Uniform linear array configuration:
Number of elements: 48
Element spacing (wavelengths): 0.5
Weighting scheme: cosine
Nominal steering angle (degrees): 15
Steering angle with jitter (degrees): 14.437
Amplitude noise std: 0.05
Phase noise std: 0.05

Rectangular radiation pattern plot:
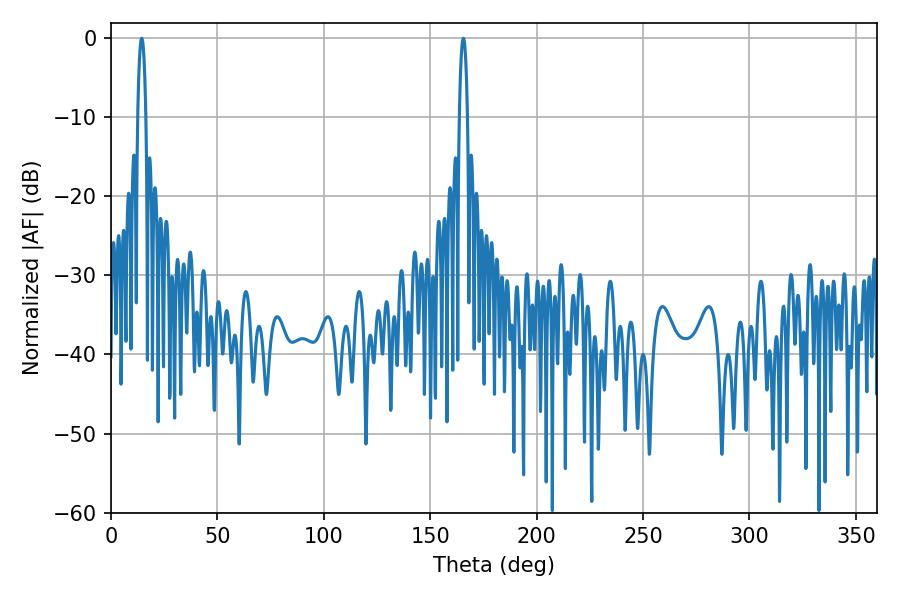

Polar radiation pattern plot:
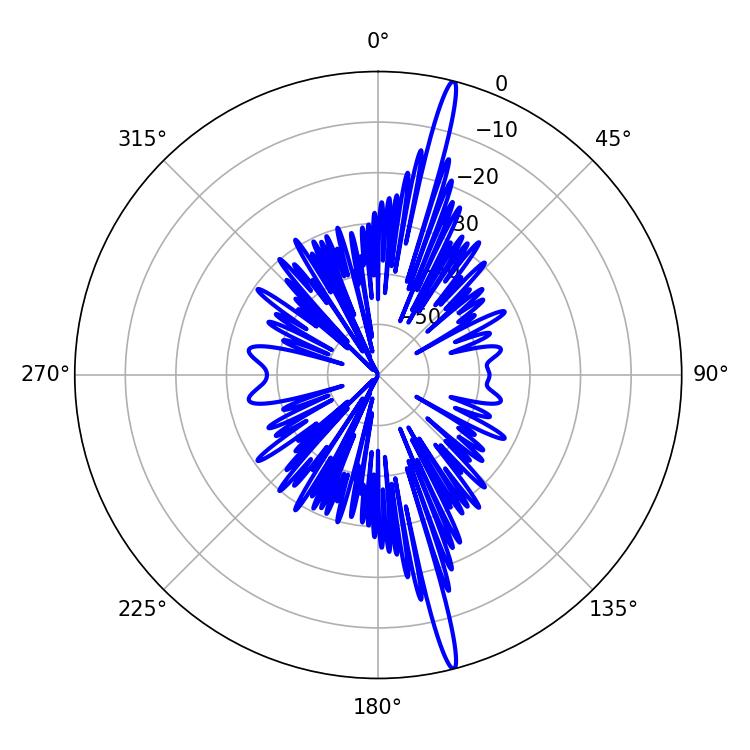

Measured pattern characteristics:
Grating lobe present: FALSE
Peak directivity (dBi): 19.686
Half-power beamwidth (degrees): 2.16
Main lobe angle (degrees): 14.4